Medical and sanitary report of the native army of Bengal for the year
Year: 1874
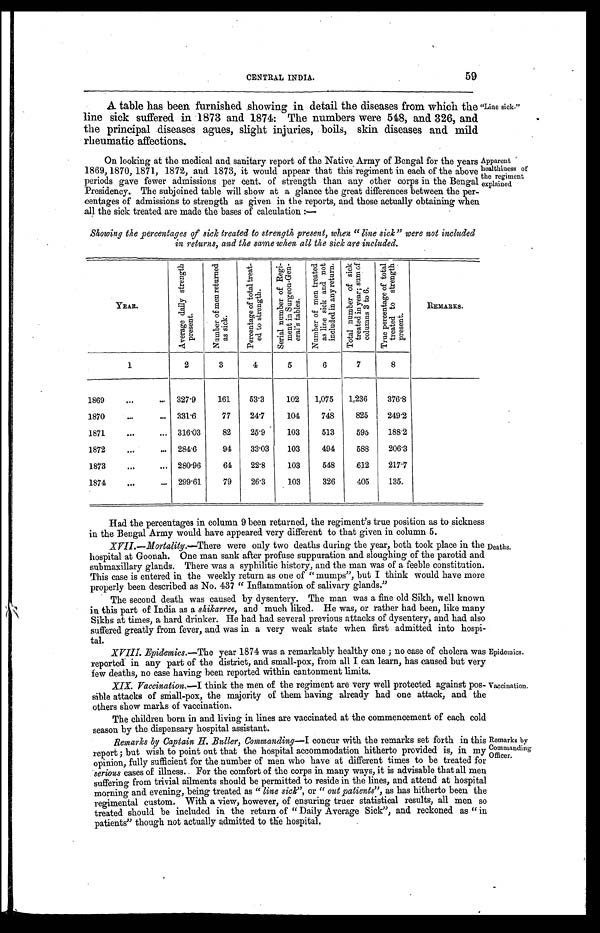
59
CENTRAL INDIA.
A table has been furnished showing in detail the diseases from which the
line sick suffered in 1873 and 1874. The numbers were 548, and 326, and
the principal diseases agues, slight injuries, boils, skin diseases and mild
rheumatic affections.
On looking at the medical and sanitary report of the Native Army of Bengal for the years
1869, 1870, 1871, 1872, and 1873, it would appear that this regiment in each of the above
periods gave fewer admissions per cent. of strength than any other corps in the Bengal
Presidency. The subjoined table will show at a glance the great differences between the per
-centages of admissions to strength as given in the reports, and those actually obtaining when
all the sick treated are made the bases of calculation:—
Showing the percentages of sick treated to strength present, when "line sick" were not included
in returns, and the same when all the sick are included.
"Line sick."
Apparent
healthiness of
the regiment
explained.
YEAR.
A v e r a g e d a i l y s t r e n g t h p r e s e n t .
N u m b e r o f m e n r e t u r n e d a s s i c k .
P e r c e n t a g e o f t o t a l t r e a t - e d t o s t r e n g t h .
S e r i a l n u m b e r o f R e g i - m e n t i n S u r g e o n - G e n - e r a l ' s t a b l e s .
N u m b e r o f m e n t r e a t e d a s l i n e s i c k a n d n o t i n c l u d e d i n a n y r e t u r n .
T o t a l n u m b e r o f s i c k t r e a t e d i n y e a r ; s u m o f c o l u m n s 3 t o 6 .
T r u e p e r c e n t a g e o f t o t a l t r e a t e d t o s t r e n g t h p r e s e n t .
R E M A R K S .
1
2
3
4
5
6
7
8
1869 . . .
327.9
161
53.3
102
1,075
1,236
376.8
1870 . . . 331.6
77
24.7
104
748
825
249.2
1871 . . . 316.03
82
25.9
103
513
595
188.2
1872 . . . 284.6
94
33.03
103
494
588
206.3
1873 . . . 280.96
64
22.8
103
548
612
217.7
1874 . . . 299.61
79
26.3
103
326
405
135.
Had the percentages in column 9 been returned, the regiment's true position as to sickness
in the Bengal Army would have appeared very different to that given in column 5.
XVII.—Mortality .—There were only two deaths during the year, both took place in the
hospital at Goonah. One man sank after profuse suppuration and sloughing of the parotid and
submaxillary glands. There was a syphilitic history, and the man was of a feeble constitution,
This case is entered in the weekly return as one of "mumps", but I think would have more
properly been described as No. 437 "Inflammation of salivary glands."
The second death was caused by dysentery. The man was a fine old Sikh, well known
in this part of India as a shikarree, and much liked. He was, or rather had been, like many
Sikhs at times, a hard drinker. He had had several previous attacks of dysentery, and had also
suffered greatly from fever, and was in a very weak state when first admitted into hospi
- t a l .
XVIII. Epidemics .—The y e a r 1 8 7 4 w a s a r e m a r k a b l y h e a l t h y o n e ; n o c a s e o f c h o l e r a w a s
r e p o r t e d i n a n y p a r t o f t h e d i s t r i c t , a n d s ma l l - p o x , f r o m a l l I c a n l e a r n , h a s c a u s e d b u t v e r y
few deaths, no case having been reported within cantonment limits.
XIX. Vaccination .—I think the men of the regiment are very well protected against pos
- s i b l e a t t a c k s o f s m a l l - p o x , t h e m a j o r i t y o f t h e m h a v i n g a l r e a d y h a d o n e a t t a c k , a n d t h e
others show marks of vaccination.
The children born in and living in lines are vaccinated at the commencement of each cold
season by the dispensary hospital assistant.
Remar ks by Capt ai n H. Bul l er , Commandi ng— I c o n c u r w i t h t h e r e m a r k s s e t f o r t h i n t h i s
report; but wish to point out that the hospital accommodation hitherto provided is, in my
opinion, fully sufficient for the number of men who have at different times to be treated for
serious cases of illness. For the comfort of the corps in many ways, it is advisable that all men
suffering from trivial ailments should be permitted to reside in the lines, and attend at hospital
morning and evening, being treated as " line sick" , or " out patients", as has hitherto been the
regimental custom. With a view, however, of ensuring truer statistical results, all men so
treated should be included in the return of "Daily Average Sick", and reckoned as "in
patients" though not actually admitted to the hospital.
Deaths.
Epidemics.
Vaccination.
Remarks by
Commanding
Officer.